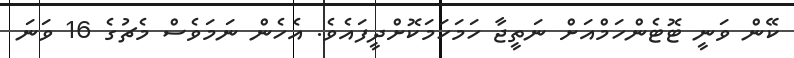
ކޭން ވަނީ ޓޮޓެންހަމްއަށް ނަތީޖާ ހަމަހަމަކޮށްދީފައެވެ. އެހެން ނަމަވެސް މެޗުގެ 16 ވަނަ